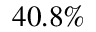
4 0 . 8 \%